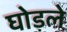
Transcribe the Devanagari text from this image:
घोड़ले